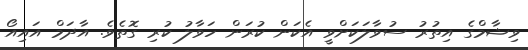
ވިޝާމްގެ އިތުރު ސުވާލަކަށްވީ އެކަން ކުރަން ހަވާލު ކުރި ގޮތެވެ. އާދަމް އައިއޯ